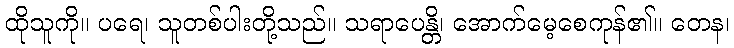
ထိုသူကို။ ပရေ၊ သူတစ်ပါးတို့သည်။ သရာပေန္တိ၊ အောက်မေ့စေကုန်၏။ တေန၊